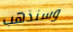
وسنذهب